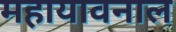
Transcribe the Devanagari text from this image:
महायावनाल